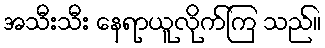
အသီးသီး နေရာယူလိုက်ကြ သည်။